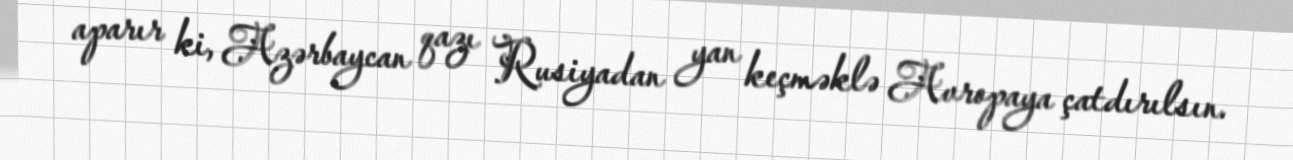
aparır ki, Azərbaycan qazı Rusiyadan yan keçməklə Avropaya çatdırılsın.